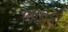
ભાવકો